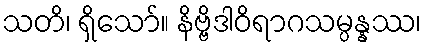
သတိ၊ ရှိသော်။ နိဗ္ဗိဒါဝိရာဂသမ္ပန္နဿ၊